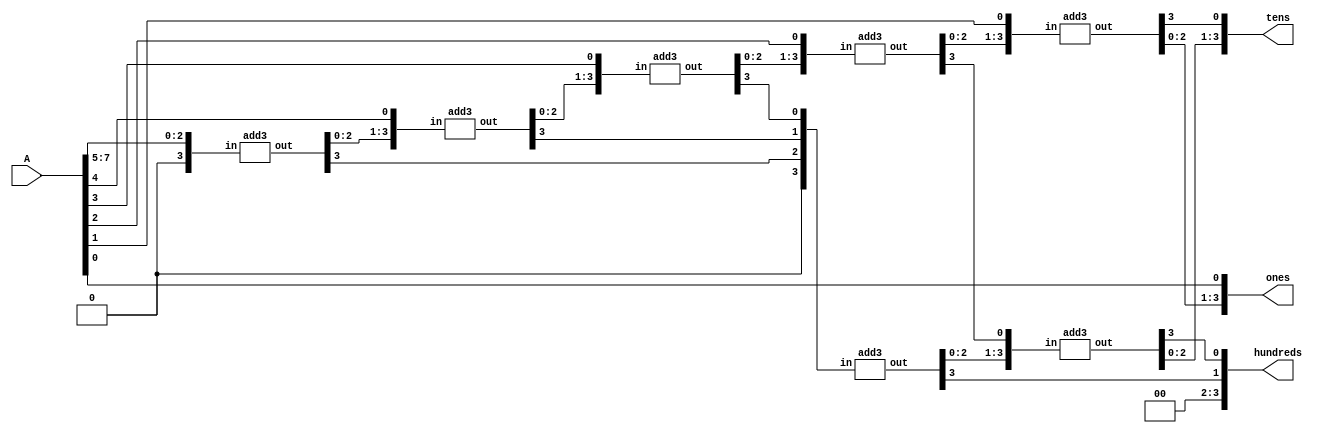
`timescale 1ns / 1ps
//////////////////////////////////////////////////////////////////////////////////
// Company: 
// Engineer: 
// 
// Design Name: 
// Module Name: DecimalDigitDecoder
// Project Name: 
// Target Devices: 
// Tool Versions: 
// Description: 
// 
// Dependencies: 
// 
// Revision:
// Revision 0.01 - File Created
// Additional Comments:
// 
//////////////////////////////////////////////////////////////////////////////////


module DecimalDigitDecoder(
    input [7:0] A,
    output [3:0] hundreds,
    output [3:0] tens,
    output [3:0] ones
    );
    
    wire [3:0] c1,c2,c3,c4,c5,c6,c7;
    wire [3:0] d1,d2,d3,d4,d5,d6,d7;
    assign d1 = {1'b0,A[7:5]};
    assign d2 = {c1[2:0],A[4]};
    assign d3 = {c2[2:0],A[3]};
    assign d4 = {c3[2:0],A[2]};
    assign d5 = {c4[2:0],A[1]};
    assign d6 = {1'b0,c1[3],c2[3],c3[3]};
    assign d7 = {c6[2:0],c4[3]};
    add3 m1(d1,c1);
    add3 m2(d2,c2);
    add3 m3(d3,c3);
    add3 m4(d4,c4);
    add3 m5(d5,c5);
    add3 m6(d6,c6);
    add3 m7(d7,c7);
    assign ones = {c5[2:0],A[0]};
    assign tens = {c7[2:0],c5[3]};
    assign hundreds = {c6[3],c7[3]};
    
endmodule

module add3(in,out);
input [3:0] in;
output [3:0] out;
reg [3:0] out;
always @ (in)
        case (in)
        4'b0000: out <= 4'b0000;
        4'b0001: out <= 4'b0001;
        4'b0010: out <= 4'b0010;
        4'b0011: out <= 4'b0011;
        4'b0100: out <= 4'b0100;
        4'b0101: out <= 4'b1000;
        4'b0110: out <= 4'b1001;
        4'b0111: out <= 4'b1010;
        4'b1000: out <= 4'b1011;
        4'b1001: out <= 4'b1100;
        default: out <= 4'b0000;
        endcase
endmodule